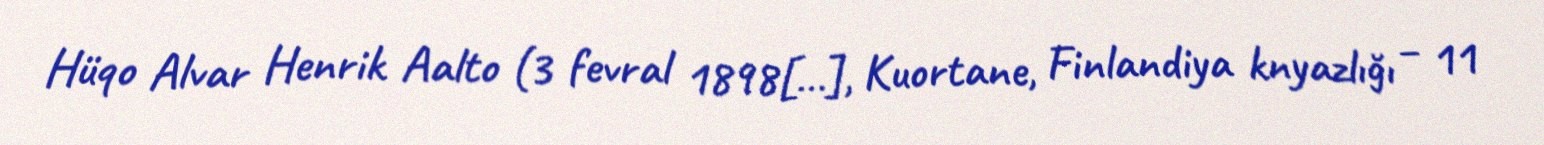
Hüqo Alvar Henrik Aalto (3 fevral 1898[…], Kuortane, Finlandiya knyazlığı – 11